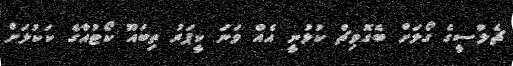
ޗެލްސީގެ ގޯލަށް ބެގޮވިޗް ކުޅުނީ އެއް ވަނަ ކީޕަރު ތިބައޫ ކޯޓުއާގެ ކަކުލަށް